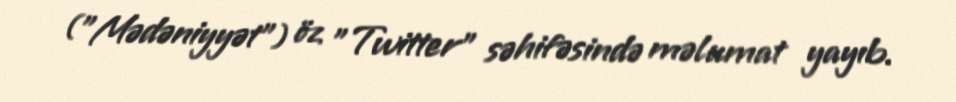
("Mədəniyyət") öz "Twitter" səhifəsində məlumat yayıb.